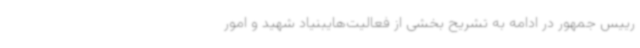
رییس جمهور در ادامه به تشریح بخشی از فعالیت‌هایبنیاد شهید و امور